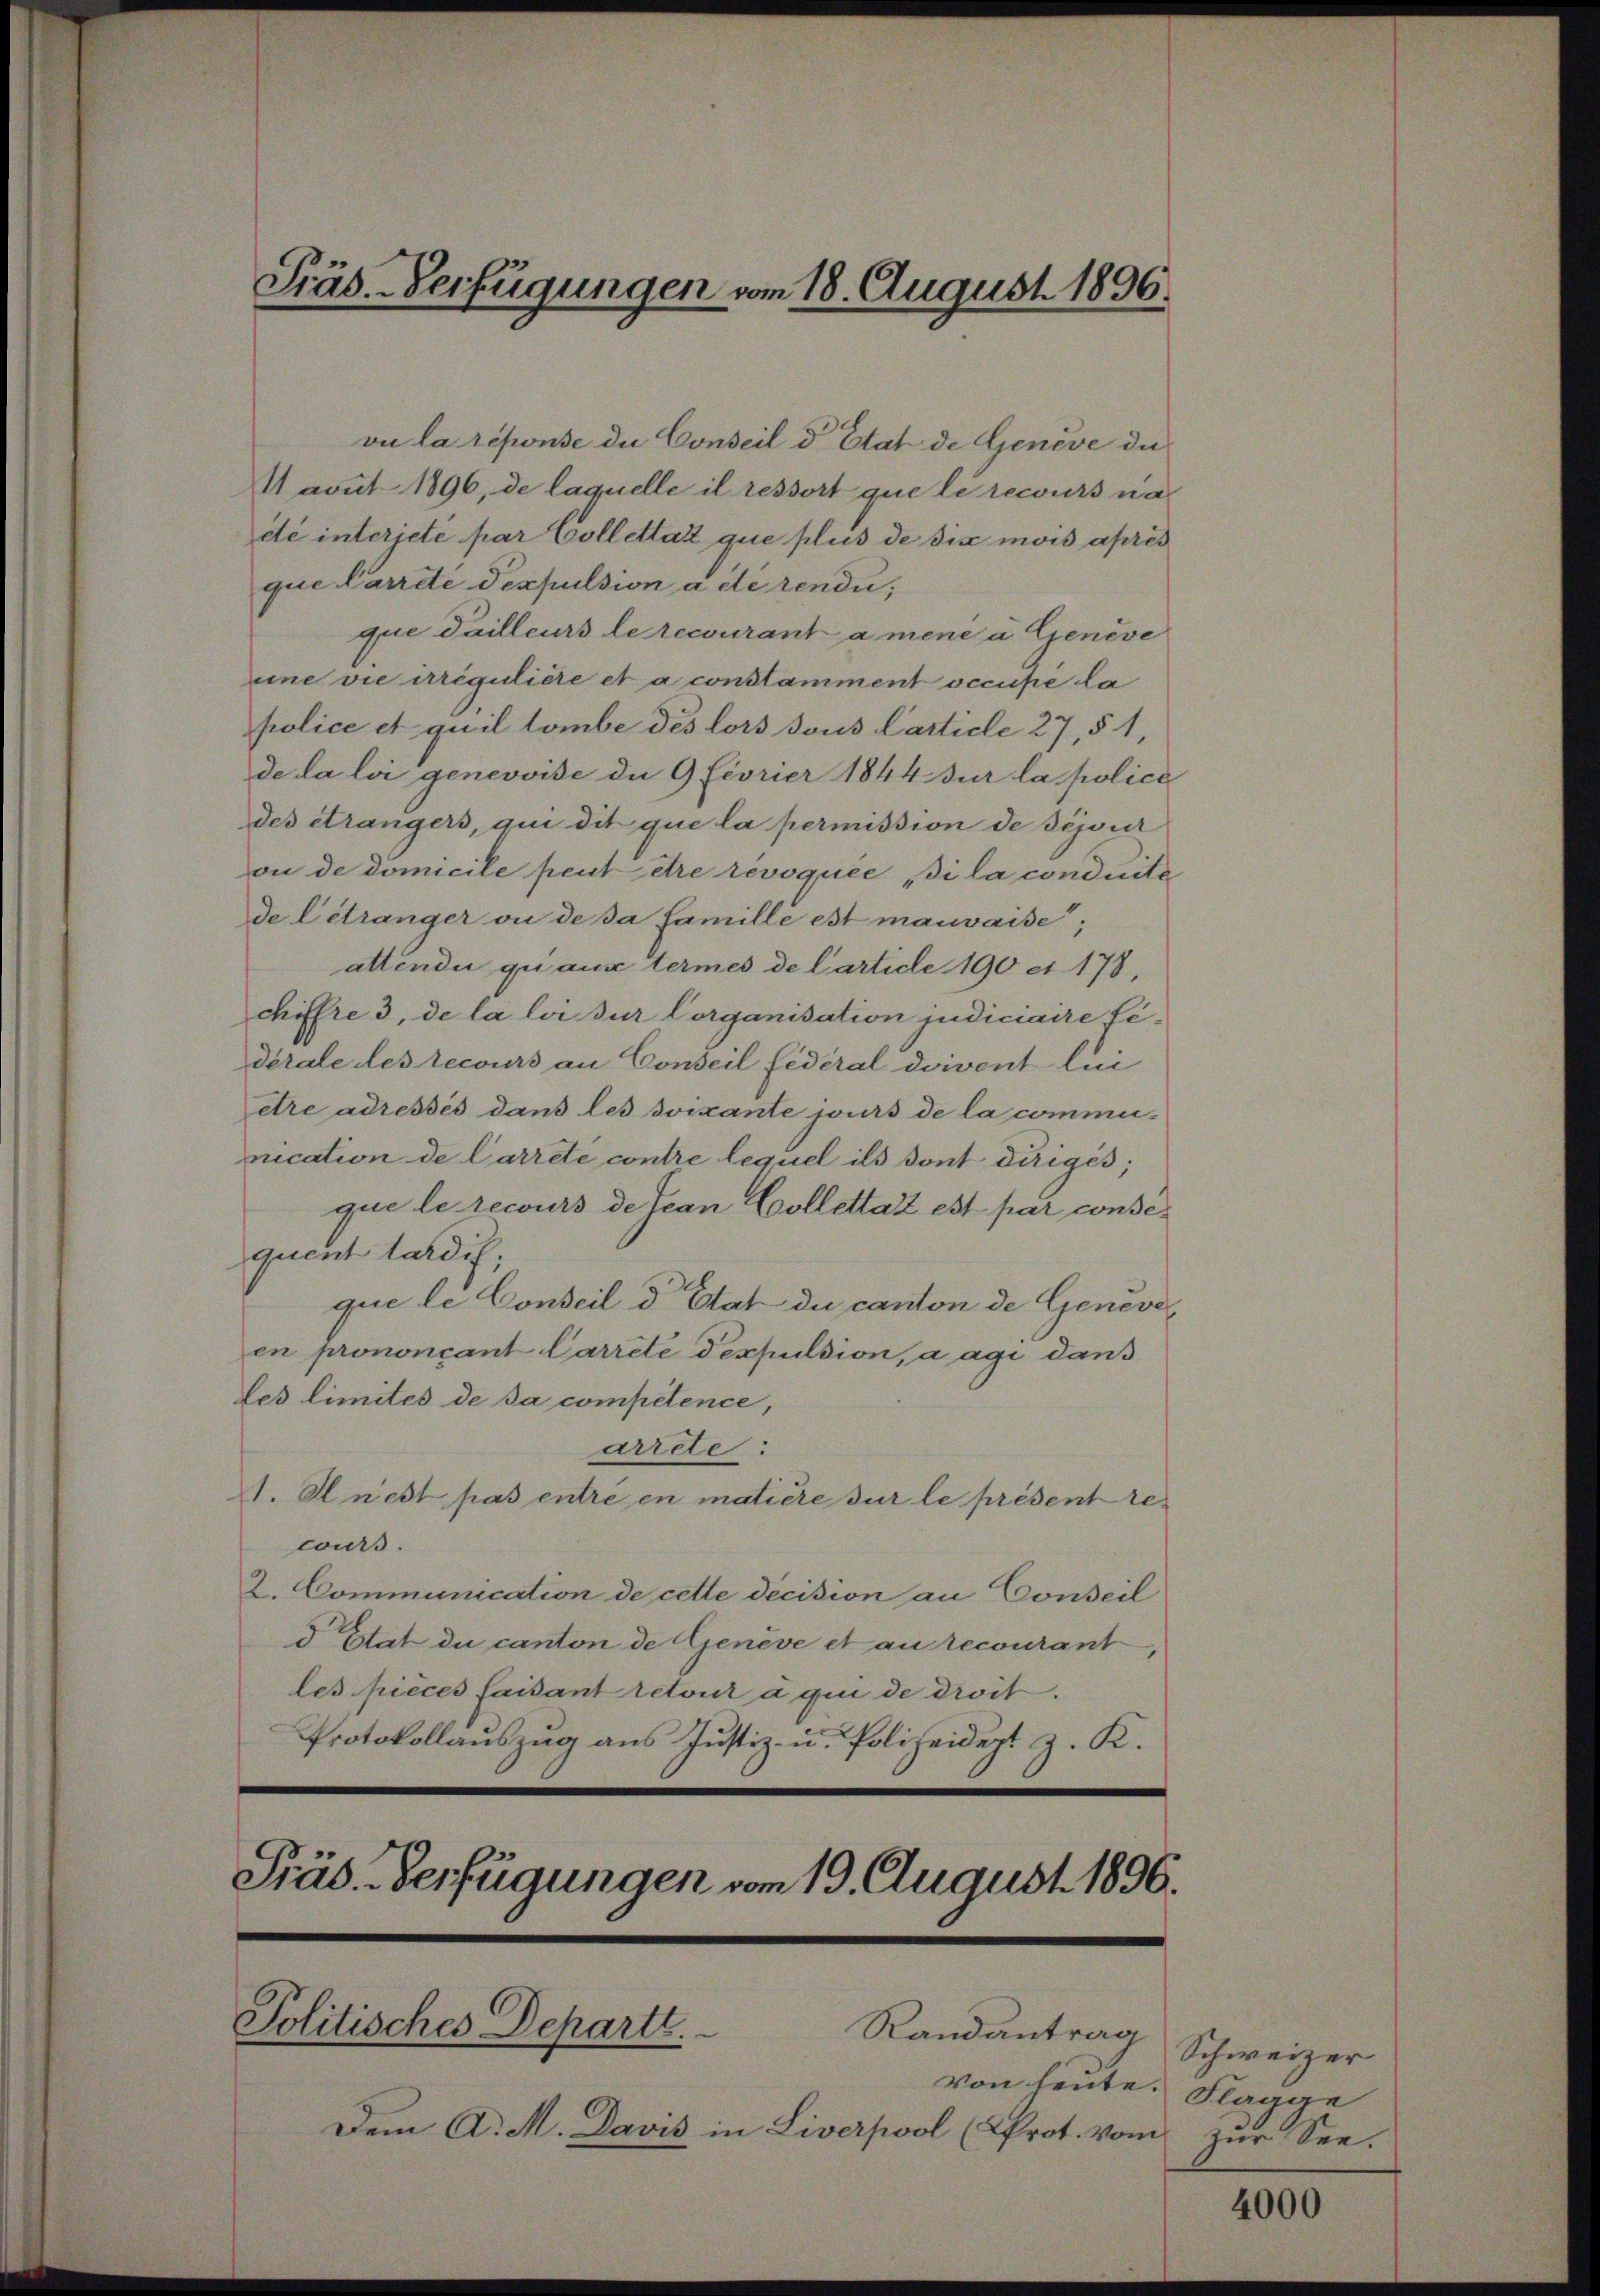
vu la réponse die Conseil d Etat de Genève die
Navit 1896, de laquelle il ressort que le recours na
été interjeté par Collettat que plus de six mois après
que Carrete dexpulsion a de rendu,
que Tailleurs le recourant a mene u. Genève
eine vie irrégulière et a constamment occupé da
police et quil tombe des lors sous Carticle 27, § 1,
de la loi genevoise de 9 Fcvrier 1844 sur la police
des étrangers, qui dit que la permission de Bejour
on de domicile peut être révoquée, si la conduits
de Létranger an de sa famille est mauvaise,
attendii qui aux termes de Carticle 190 et 178,
chiffre 3, de la loi dur Corganisation judiciaire lé-
derale des recours an Conseil fédéral doivent lui
etre adressés dans les soixante jours de la communication de Carrete contre lequel ils sont dirigés;
que le recours de Jean Collettat est par consequent tardi,
que le Conseil d’Etat du canton de Geneveen prononcant Carreté dexpulsion, a agi dans
les limités de sa compétence,
arrde:
A. Hiest pas entré en matière sur le présent rewurs.
2. Communication de cette decision an Conseil
5 Etat du canton de Genève et au recourant
les pieces faisant retour à qui de droit.
Protokollauszug aus Justiz- u. Polizeidigt z. K.

Präs.-Verfügungen vom 18. August 1896.

Präs.-Verfügungen vom 19. August 1896.
Politisches Departl.
Randantrag

von leute. Flagge
Dem A. M. Davis in Liverpool (Prot. vom zur See-

Schweizer

4000